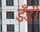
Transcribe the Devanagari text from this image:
डँडी